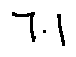
7 . 1